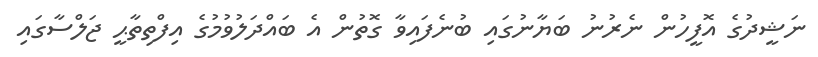
ނަޝީދުގެ އޮފީހުން ނެރުނު ބަޔާނުގައި ބުނެފައިވާ ގޮތުން އެ ބައްދަލުވުމުގެ އިފްތިތާޙީ ޖަލްސާގައި